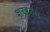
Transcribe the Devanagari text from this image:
शखला